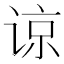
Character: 谅